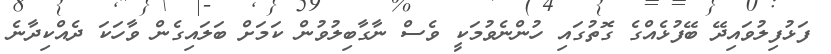
ފަޅުފިލުވައިދޭ ބޭފުޅެއްގެ ގޮތުގައި ހުންނެވުމަކީ ވެސް ނާގާބިލުވުން ކަމަށް ބަލައިގެން ވާހަކަ ދެއްކިދާނެ